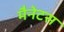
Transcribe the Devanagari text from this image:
मैनेटस